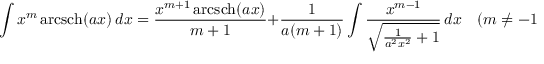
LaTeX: \int x ^ { m } \operatorname { a r c s c h } ( a x ) \, d x = { \frac { x ^ { m + 1 } \operatorname { a r c s c h } ( a x ) } { m + 1 } } + { \frac { 1 } { a ( m + 1 ) } } \int { \frac { x ^ { m - 1 } } { \sqrt { { \frac { 1 } { a ^ { 2 } x ^ { 2 } } } + 1 } } } \, d x \quad ( m \neq - 1 )